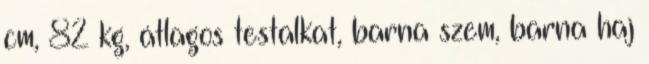
cm, 82 kg, átlagos testalkat, barna szem, barna haj